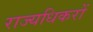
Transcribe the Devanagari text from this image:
राज्यधिकरों